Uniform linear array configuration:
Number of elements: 16
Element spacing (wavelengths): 1
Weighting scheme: cosine
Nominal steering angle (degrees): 45
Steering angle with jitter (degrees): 44.196
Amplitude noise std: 0.05
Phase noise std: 0.05

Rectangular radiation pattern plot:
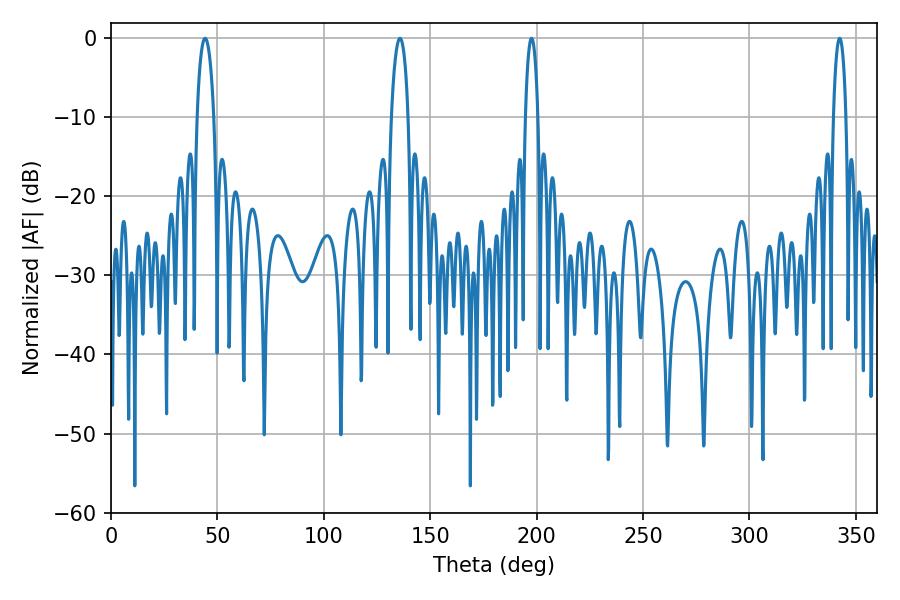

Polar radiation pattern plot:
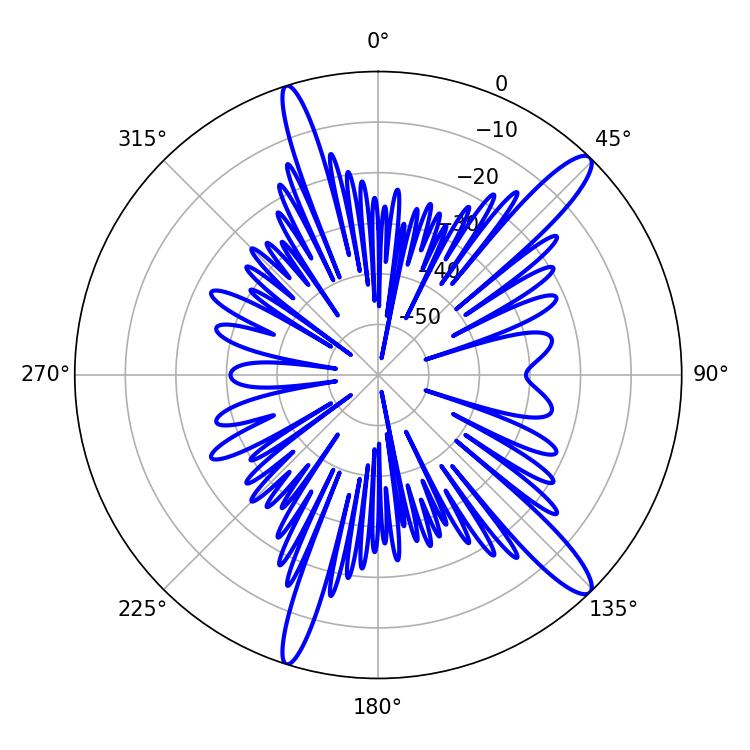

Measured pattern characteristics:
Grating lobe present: TRUE
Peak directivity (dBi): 13.865
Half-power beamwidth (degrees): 3.24
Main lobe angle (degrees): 197.64